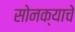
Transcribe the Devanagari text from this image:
सोनक्याचे